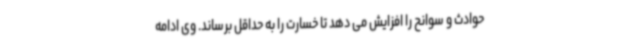
حوادث و سوانح را افزایش می دهد تا خسارت را به حداقل برساند. وی ادامه